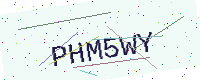
Text: PHM5WY